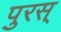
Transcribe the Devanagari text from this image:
पुरस्